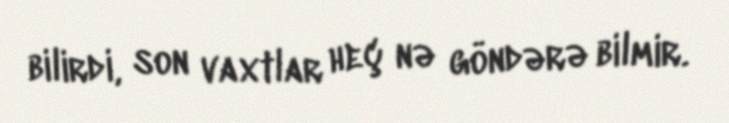
bilirdi, son vaxtlar heç nə göndərə bilmir.